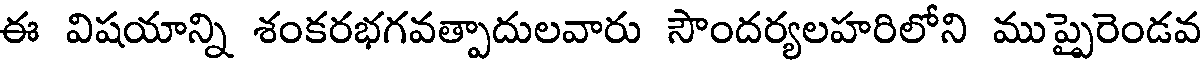
ఈ విషయాన్ని శంకరభగవత్పాదులవారు సౌందర్యలహరిలోని ముప్పైరెండవ